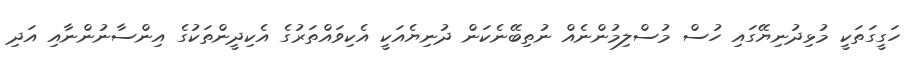
ހަގީގަތަކީ މުޅިދުނިޔޭގައި ހުސް މުސްލިމުންނެއް ނުތިބޭނެކަން ދުނިޔެއަކީ އެކިވައްތަރުގެ އެކިދީންތަކުގެ އިންސާނުންނާއި އަދި